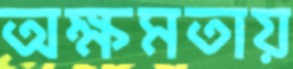
অক্ষমতায়